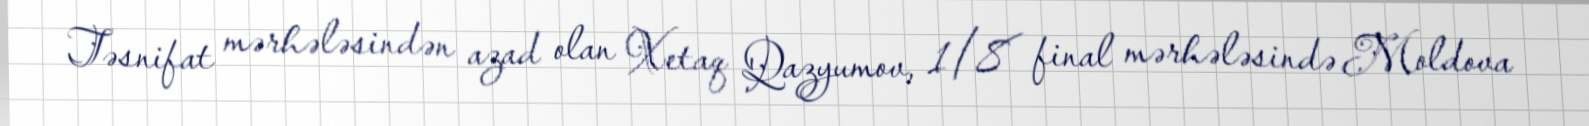
Təsnifat mərhələsindən azad olan Xetaq Qazyumov, 1/8 final mərhələsində Moldova